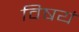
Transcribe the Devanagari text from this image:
विषयं